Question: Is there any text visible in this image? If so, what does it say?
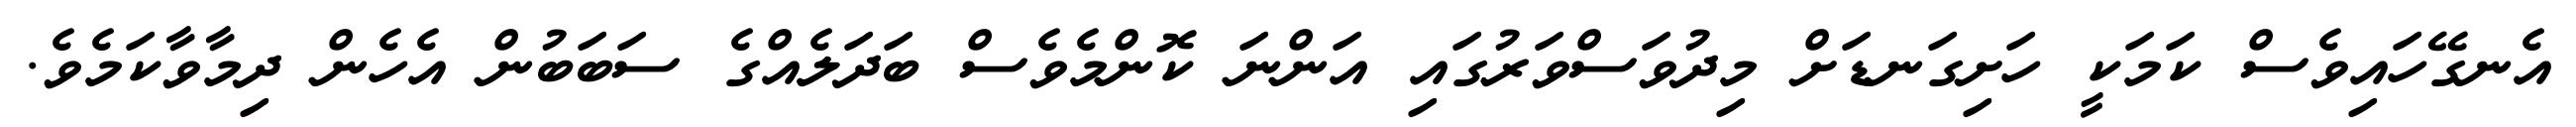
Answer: އެނގޭހައިވެސް ކަމަކީ ހަށިގަނޑަށް މިދުވަސްވަރުގައި އަންނަ ކޮންމެވެސް ބަދަލެއްގެ ސަބަބުން އެހެން ދިމާވާކަމެވެ.